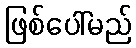
ဖြစ်ပေါ်မည်